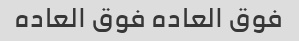
فوق العاده فوق العاده